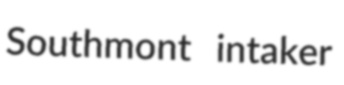
Southmont intaker